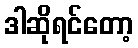
ဒါဆိုရင်တော့